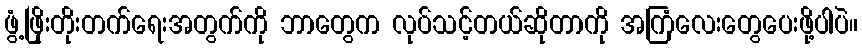
ဖွံ့ဖြိုးတိုးတက်ရေးအတွက်ကို ဘာတွေက လုပ်သင့်တယ်ဆိုတာကို အကြံလေးတွေပေးဖို့ပါပဲ။